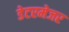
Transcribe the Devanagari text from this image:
डेटरमेजर